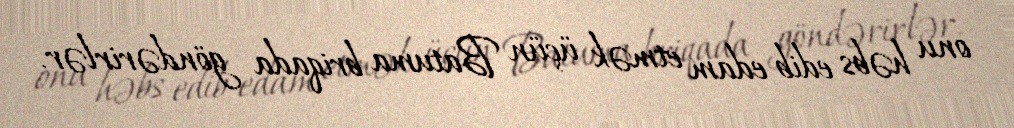
onu həbs edib edam etmək üçün Batuma briqada göndərirlər.